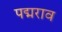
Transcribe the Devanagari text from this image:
पद्मराव